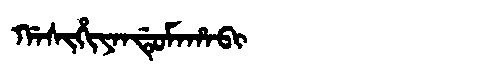
Manchu: ᡤᠠᠰᡳᡥᡳᠶᠠᠨᡩᡠᠮᠠᡥᠠᠪᡳ
Romanization: GASIHIYANDUMAHABI